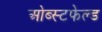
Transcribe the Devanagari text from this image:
ओब्स्टफेल्ड